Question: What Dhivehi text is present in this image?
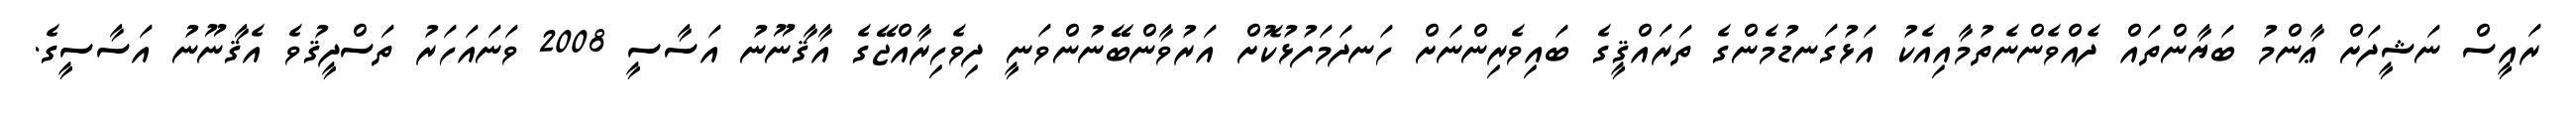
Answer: ރައީސް ނަޝީދަށް ޢާންމު ބަޔާންތައް ދެއްވެންނެތުމާއިއެކު އަޅުގަނޑުމެންގެ ތަރައްޤީގެ ބައިވެރިންނަށް ހަނދަމަފުޅުކޮށް އަރުވާންބޭނުންވަނީ ދިވެހިރާއްޖޭގެ އާޤާނޫނު އަސާސީ 2008 ވަނައަހަރު ތަސްދީޤުވެ އެޤާނޫނު އަސާސީގެ.